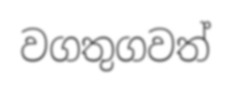
වගතුගවත්